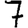
Digit: 7